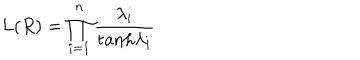
L ( R ) = \prod _ { i = 1 } ^ { n } { \frac { \lambda _ { i } } { \mathrm { t a n h } \lambda _ { i } } }